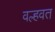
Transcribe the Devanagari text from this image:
वल्हवत